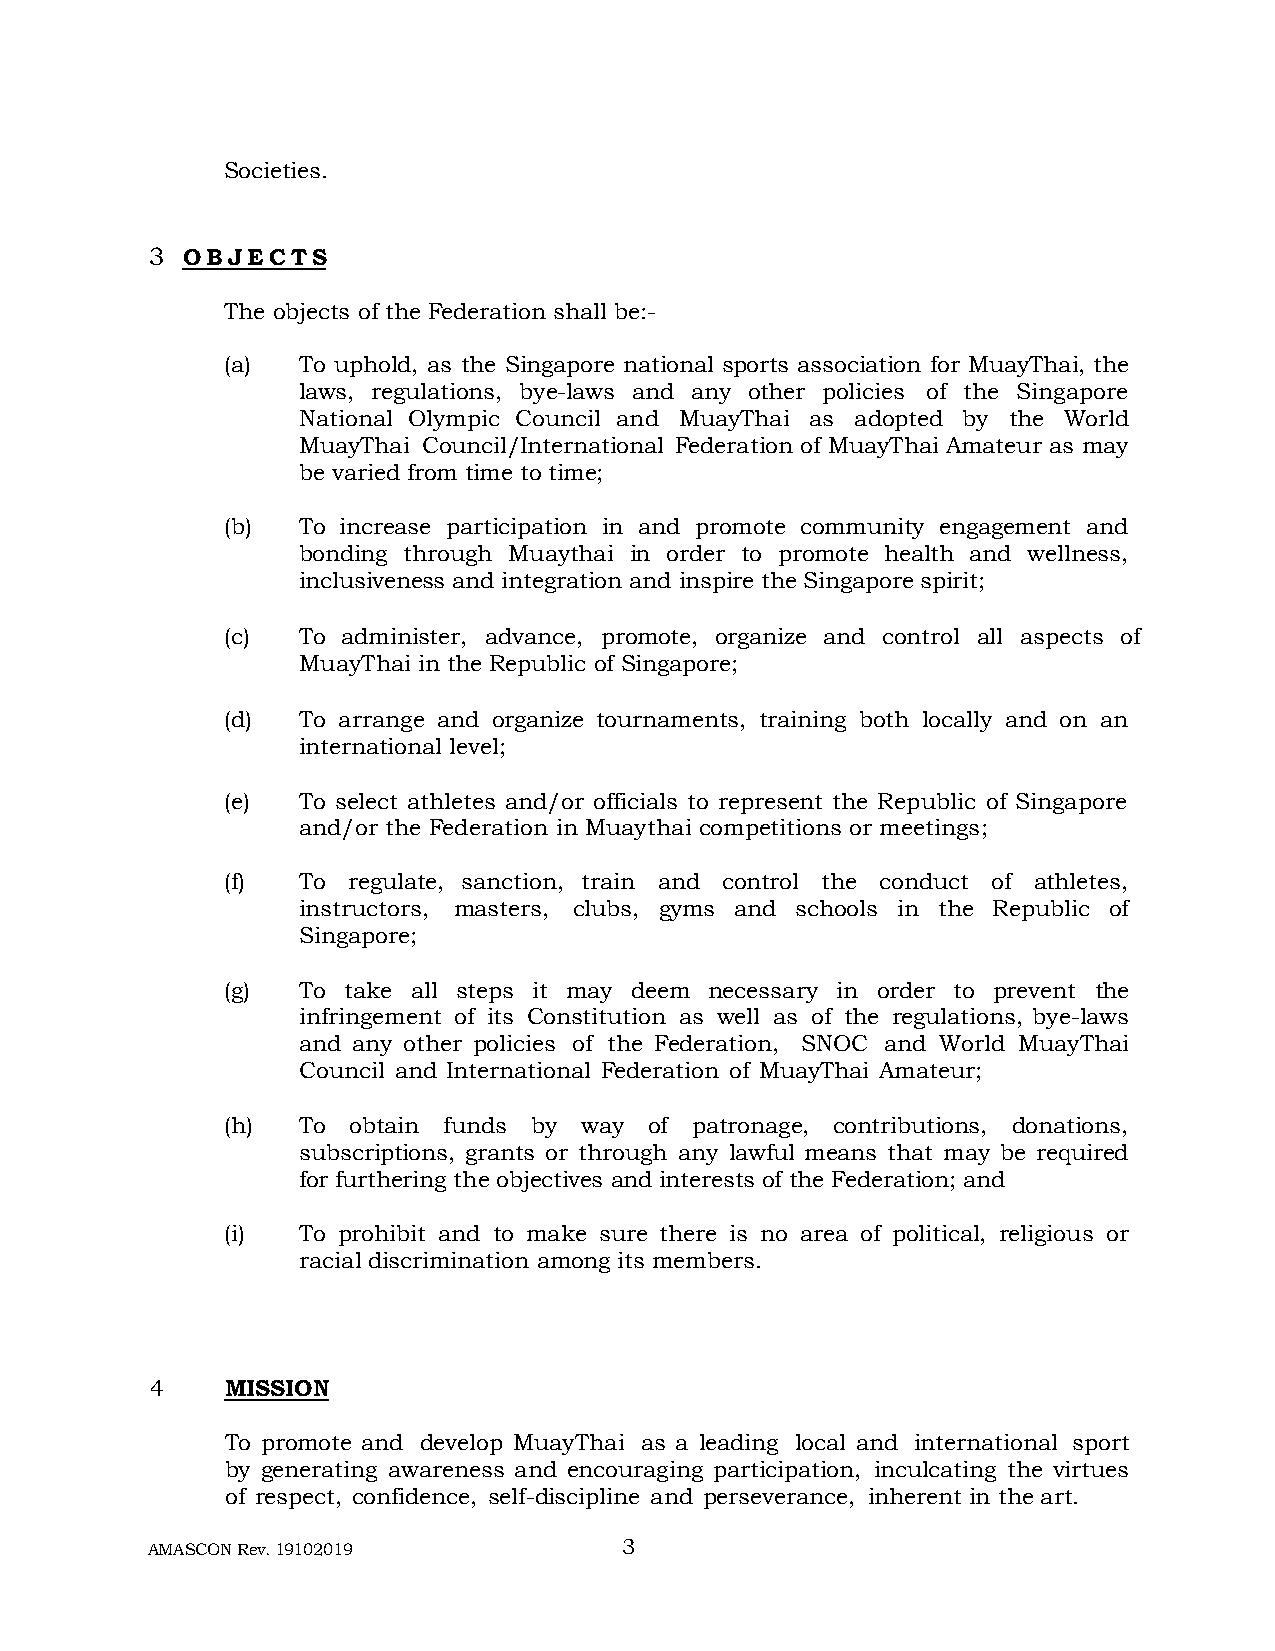
Societies.
 3 O B J E C T S
 The objects of the Federation shall be:-
 (a)  To uphold, as the Singapore national sports association for MuayThai, the
 laws, regulations, bye-laws and any other policies of the Singapore
 National Olympic Council and MuayThai as adopted by the World
 MuayThai Council/International Federation of MuayThai Amateur as may
 be varied from time to time;
 (b)  To increase participation in and promote community engagement and
 bonding through Muaythai in order to promote health and wellness,
 inclusiveness and integration and inspire the Singapore spirit;
 (c)  To administer, advance, promote, organize and control all aspects of
 MuayThai in the Republic of Singapore;
 (d)  To arrange and organize tournaments, training both locally and on an
 international level;
 (e)  To select athletes and/or officials to represent the Republic of Singapore
 and/or the Federation in Muaythai competitions or meetings;
 (f)  To regulate, sanction, train and control the conduct of athletes,
 instructors, masters, clubs, gyms and schools in the Republic of
 Singapore;
 (g)  To take all steps it may deem necessary in order to prevent the
 infringement of its Constitution as well as of the regulations, bye-laws
 and any other policies of the Federation, SNOC and World MuayThai
 Council and International Federation of MuayThai Amateur;
 (h)  To obtain funds by way of patronage, contributions, donations,
 subscriptions, grants or through any lawful means that may be required
 for furthering the objectives and interests of the Federation; and
 (i)  To prohibit and to make sure there is no area of political, religious or
 racial discrimination among its members.
 4    MISSION
 To promote and develop MuayThai as a leading local and international sport
 by generating awareness and encouraging participation, inculcating the virtues
 of respect, confidence, self-discipline and perseverance, inherent in the art.
 AMASCON Rev. 19102019          3